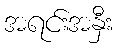
အရင်းအနှီး